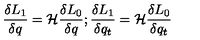
{ \frac { \delta L _ { 1 } } { \delta q } } = { \cal H } { \frac { \delta L _ { 0 } } { \delta q } } ; { \frac { \delta L _ { 1 } } { \delta q _ { t } } } = { \cal H } { \frac { \delta L _ { 0 } } { \delta q _ { t } } } \nonumber